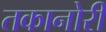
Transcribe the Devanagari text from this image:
तकानोरी